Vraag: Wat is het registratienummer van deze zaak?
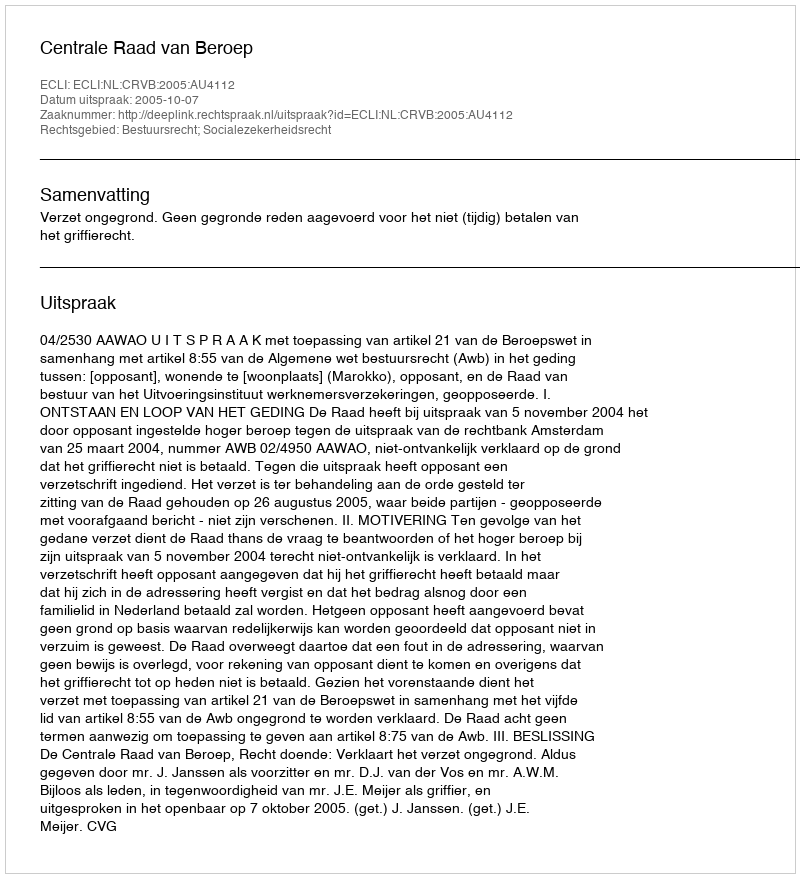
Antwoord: http://deeplink.rechtspraak.nl/uitspraak?id=ECLI:NL:CRVB:2005:AU4112